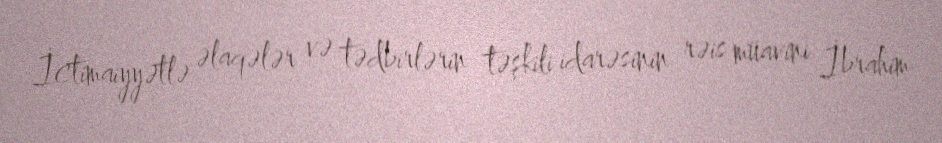
İctimaiyyətlə əlaqələr və tədbirlərin təşkili idarəsinin rəis müavini İbrahim